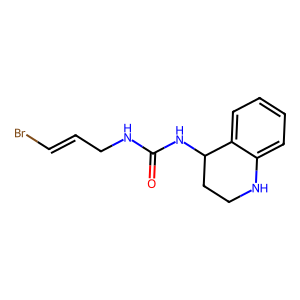
SMILES: O=C(NCC=CBr)NC1CCNc2ccccc21
Inhibits HIV replication: No